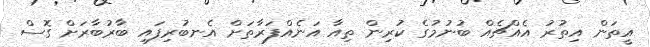
އީތަން އިތުރު އެއްޗެއް ބުނުމުގެ ކުރިން ތިއާ އަނެއްފަރާތަށް އެނބުރިފައި ބާރުބާރަށް ގޮސް